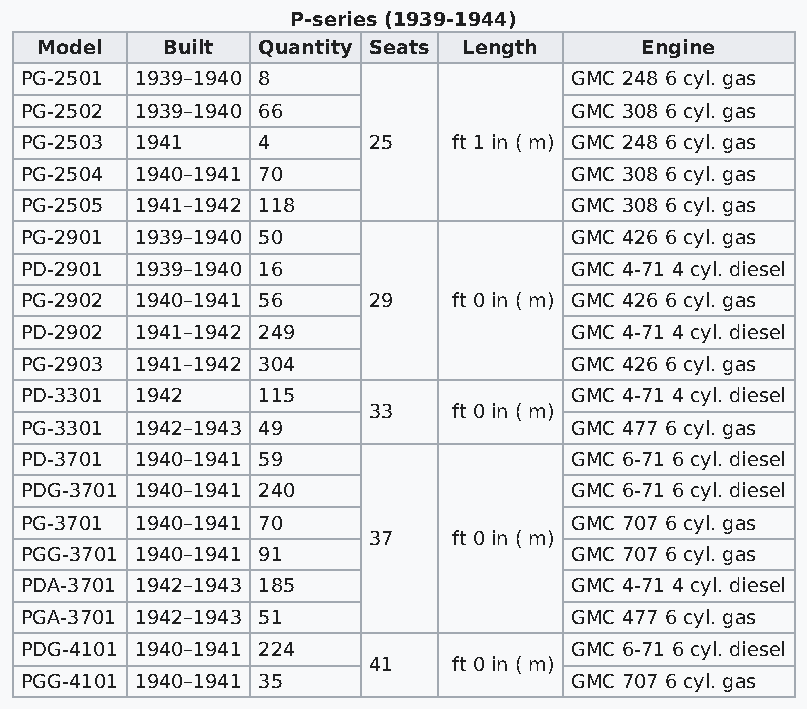
P-series (1939-1944)
 Model    Built Quantity Seats Length    Engine
 PG-2501 1939–1940 8                  GMC 248 6 cyl. gas
 PG-2502 1939–1940 66                 GMC 308 6 cyl. gas
 PG-2503 1941    4      25    ft 1 in ( m) GMC 248 6 cyl. gas
 PG-2504 1940–1941 70                 GMC 308 6 cyl. gas
 PG-2505 1941–1942 118                GMC 308 6 cyl. gas
 PG-2901 1939–1940 50                 GMC 426 6 cyl. gas
 PD-2901 1939–1940 16                 GMC 4-71 4 cyl. diesel
 PG-2902 1940–1941 56   29    ft 0 in ( m) GMC 426 6 cyl. gas
 PD-2902 1941–1942 249                GMC 4-71 4 cyl. diesel
 PG-2903 1941–1942 304                GMC 426 6 cyl. gas
 PD-3301 1942    115                  GMC 4-71 4 cyl. diesel
 33    ft 0 in ( m)
 PG-3301 1942–1943 49                 GMC 477 6 cyl. gas
 PD-3701 1940–1941 59                 GMC 6-71 6 cyl. diesel
 PDG-3701 1940–1941 240               GMC 6-71 6 cyl. diesel
 PG-3701 1940–1941 70                 GMC 707 6 cyl. gas
 37    ft 0 in ( m)
 PGG-3701 1940–1941 91                GMC 707 6 cyl. gas
 PDA-3701 1942–1943 185               GMC 4-71 4 cyl. diesel
 PGA-3701 1942–1943 51                GMC 477 6 cyl. gas
 PDG-4101 1940–1941 224               GMC 6-71 6 cyl. diesel
 41    ft 0 in ( m)
 PGG-4101 1940–1941 35                GMC 707 6 cyl. gas